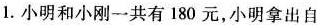
1.小明和小刚一共有180元，小明拿出自